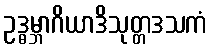
ဥဒ္ဓမ္ဘာဂိယာဒိသုတ္တဒသကံ